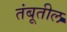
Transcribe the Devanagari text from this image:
तंबूतील